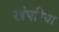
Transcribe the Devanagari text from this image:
खंपरिया